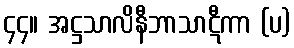
၄၄။ အဋ္ဌသာလိနီဘာသာဋီကာ (ပ)